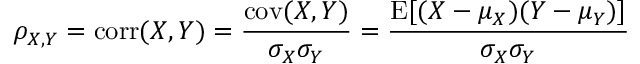
\rho _ { X , Y } = \operatorname { c o r r } ( X , Y ) = { \frac { \operatorname { c o v } ( X , Y ) } { \sigma _ { X } \sigma _ { Y } } } = { \frac { \operatorname { E } [ ( X - \mu _ { X } ) ( Y - \mu _ { Y } ) ] } { \sigma _ { X } \sigma _ { Y } } }